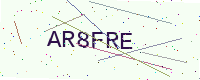
Text: AR8FRE